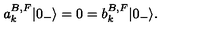
a _ { k } ^ { B , F } | 0 _ { - } \rangle = 0 = b _ { k } ^ { B , F } | 0 _ { - } \rangle .